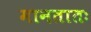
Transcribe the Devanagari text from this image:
मानतातः